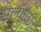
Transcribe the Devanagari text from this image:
सेल्यूलार